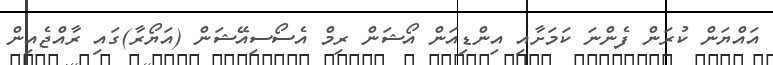
އައްޔަން ކުރަން ފެންނަ ކަމަށާއި އިންޑިއަން އޯޝަން ރިމް އެސޯސިއޭޝަން (އަޔޯރާ)ގައި ރާއްޖެއިން